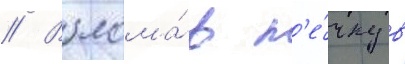
// Взлома́в п'е́чку в